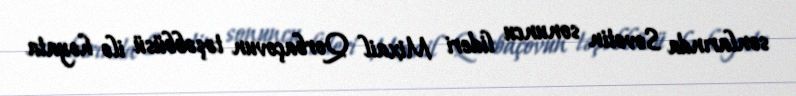
sonlarında Sovetin sonuncu lideri Mixail Qorbaçovun təşəbbüsü ilə həyata